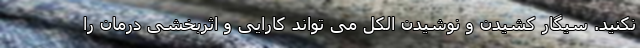
نکنید. سیگار کشیدن و نوشیدن الکل می تواند کارایی و اثربخشی درمان را